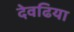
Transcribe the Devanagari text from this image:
देवढिया